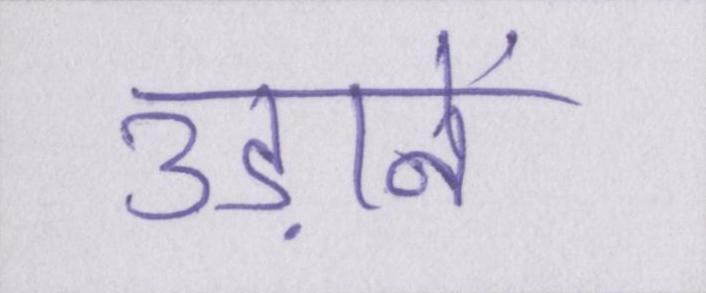
उड़ानें